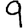
Digit: 9